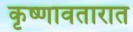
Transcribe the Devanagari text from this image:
कृष्णावतारात